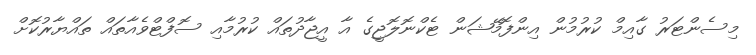
މިސެންޓަރު ގާއިމް ކުރުމުން އިންފޮމޭޝަން ޓެކްނޮލޮޖީގެ އާ އީޖާދުތައް ކުރުމާއި ސޮފްޓްވެއާތައް ތައްޔާރުކޮށް